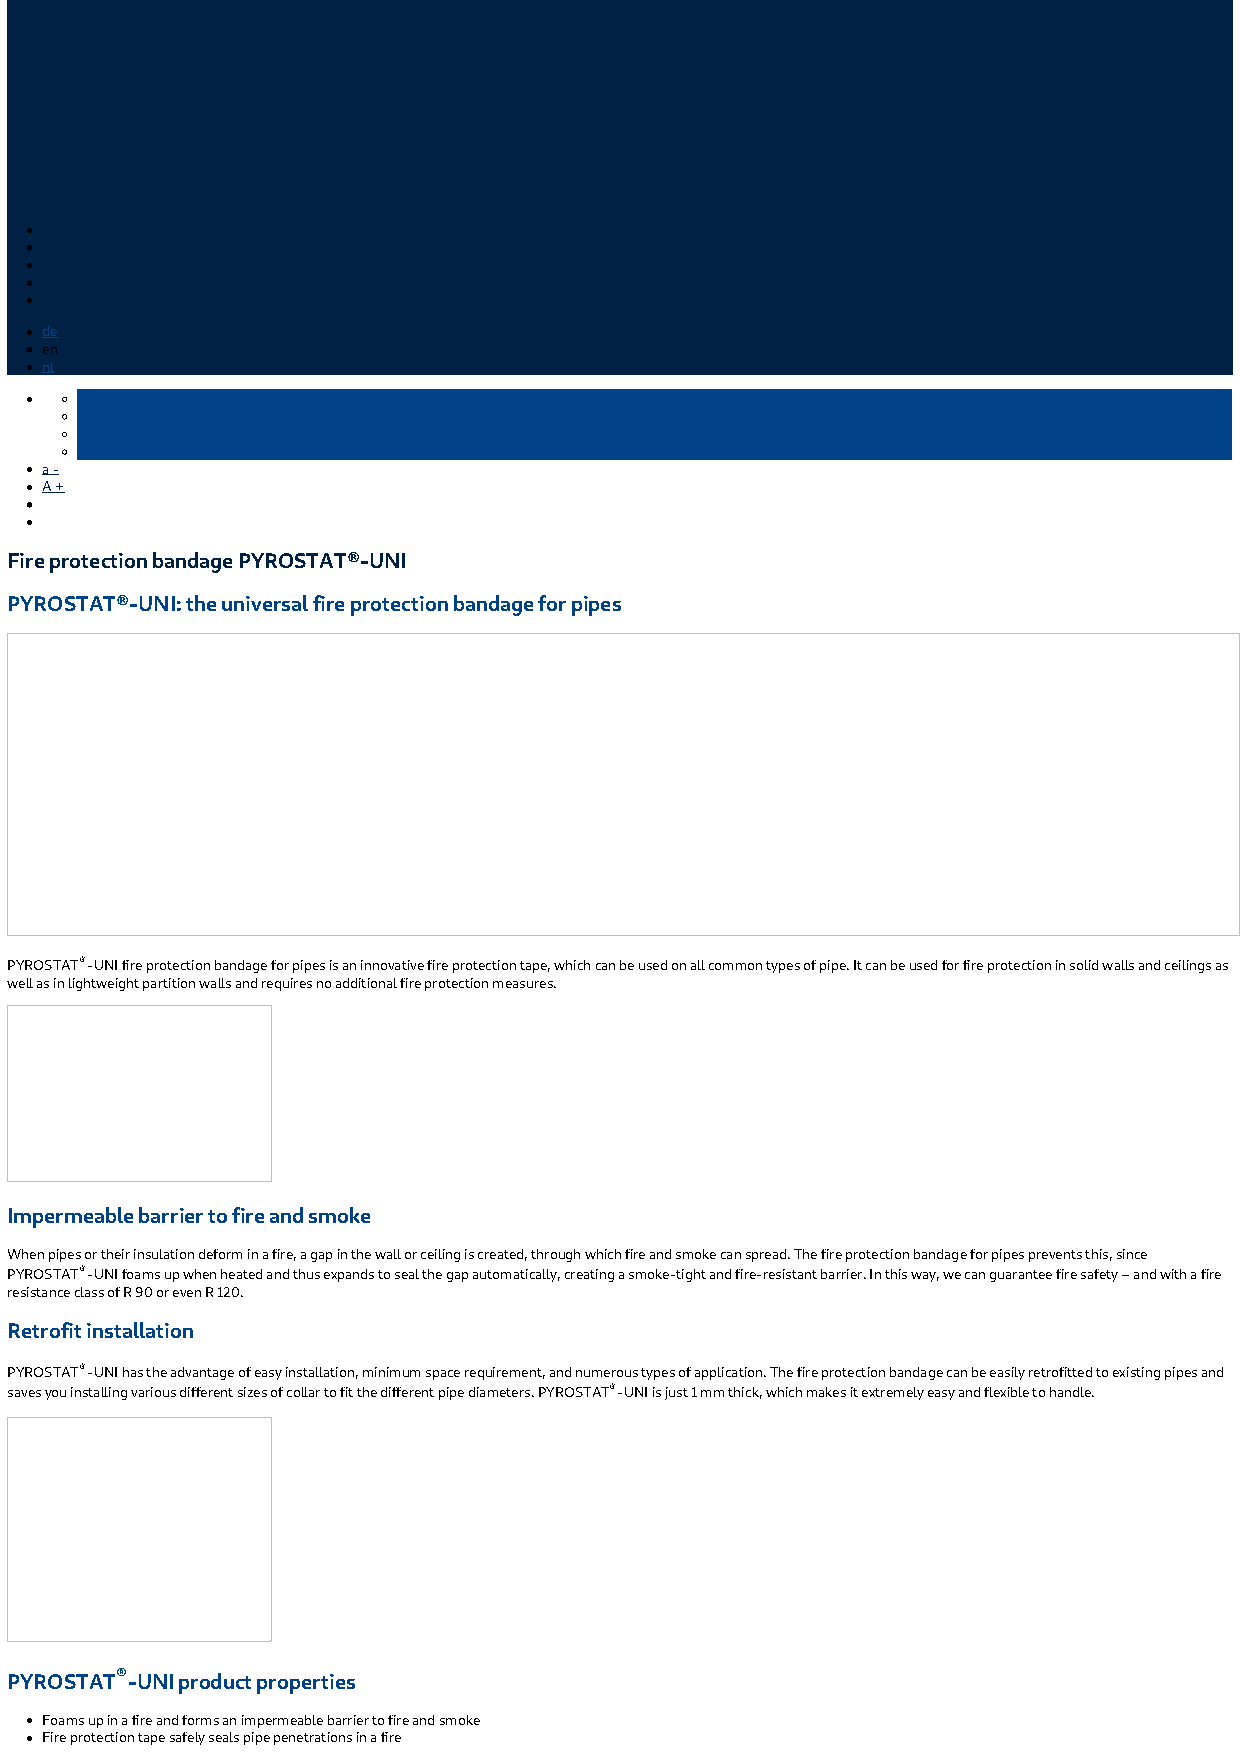
de
 en
 nl
 a -
 A +
 Fire protection bandage PYROSTAT®-UNI
 PYROSTAT®-UNI: the universal fire protection bandage for pipes
 PYROSTAT®-UNI fire protection bandage for pipes is an innovative fire protection tape, which can be used on all common types of pipe. It can be used for fire protection in solid walls and ceilings as
 well as in lightweight partition walls and requires no additional fire protection measures.
 Impermeable barrier to fire and smoke
 When pipes or their insulation deform in a fire, a gap in the wall or ceiling is created, through which fire and smoke can spread. The fire protection bandage for pipes prevents this, since
 PYROSTAT®-UNI foams up when heated and thus expands to seal the gap automatically, creating a smoke-tight and fire-resistant barrier. In this way, we can guarantee fire safety – and with a fire
 resistance class of R 90 or even R 120.
 Retrofit installation
 PYROSTAT®-UNI has the advantage of easy installation, minimum space requirement, and numerous types of application. The fire protection bandage can be easily retrofitted to existing pipes and
 saves you installing various different sizes of collar to fit the different pipe diameters. PYROSTAT®-UNI is just 1 mm thick, which makes it extremely easy and flexible to handle.
 PYROSTAT®-UNI product properties
 Foams up in a fire and forms an impermeable barrier to fire and smoke
 Fire protection tape safely seals pipe penetrations in a fire